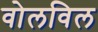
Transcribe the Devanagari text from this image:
वोलविल